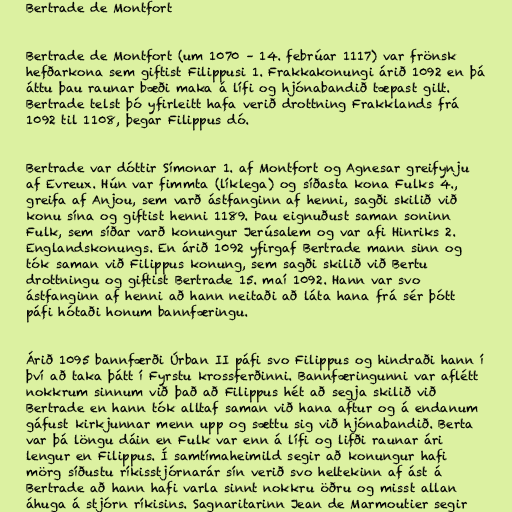
Bertrade de Montfort

Bertrade de Montfort (um 1070 – 14. febrúar 1117) var frönsk
hefðarkona sem giftist Filippusi 1. Frakkakonungi árið 1092 en þá
áttu þau raunar bæði maka á lífi og hjónabandið tæpast gilt.
Bertrade telst þó yfirleitt hafa verið drottning Frakklands frá
1092 til 1108, þegar Filippus dó.

Bertrade var dóttir Símonar 1. af Montfort og Agnesar greifynju
af Evreux. Hún var fimmta (líklega) og síðasta kona Fulks 4.,
greifa af Anjou, sem varð ástfanginn af henni, sagði skilið við
konu sína og giftist henni 1189. Þau eignuðust saman soninn
Fulk, sem síðar varð konungur Jerúsalem og var afi Hinriks 2.
Englandskonungs. En árið 1092 yfirgaf Bertrade mann sinn og
tók saman við Filippus konung, sem sagði skilið við Bertu
drottningu og giftist Bertrade 15. maí 1092. Hann var svo
ástfanginn af henni að hann neitaði að láta hana frá sér þótt
páfi hótaði honum bannfæringu.

Árið 1095 bannfærði Úrban II páfi svo Filippus og hindraði hann í
því að taka þátt í Fyrstu krossferðinni. Bannfæringunni var aflétt
nokkrum sinnum við það að Filippus hét að segja skilið við
Bertrade en hann tók alltaf saman við hana aftur og á endanum
gáfust kirkjunnar menn upp og sættu sig við hjónabandið. Berta
var þá löngu dáin en Fulk var enn á lífi og lifði raunar ári
lengur en Filippus. Í samtímaheimild segir að konungur hafi
mörg síðustu ríkisstjórnarár sín verið svo heltekinn af ást á
Bertrade að hann hafi varla sinnt nokkru öðru og misst allan
áhuga á stjórn ríkisins. Sagnaritarinn Jean de Marmoutier segir